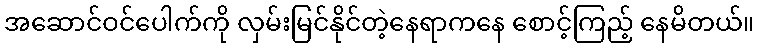
အဆောင်ဝင်ပေါက်ကို လှမ်းမြင်နိုင်တဲ့နေရာကနေ စောင့်ကြည့် နေမိတယ်။